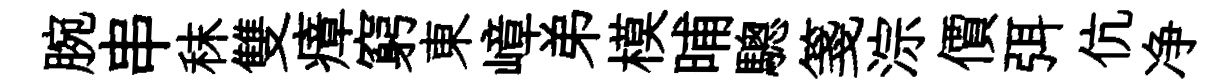
腕串秣雙瘴窮東嶂弟模晡驄箋淙價弭伉净